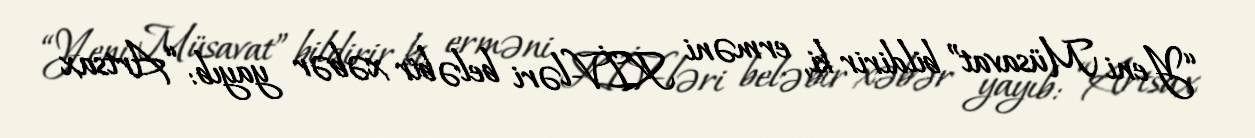
“Yeni Müsavat” bildirir ki, erməni KİV-ləri belə bir xəbər yayıb: “Artsax